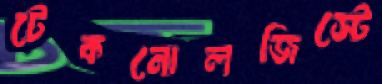
টেকনোলজিস্টে